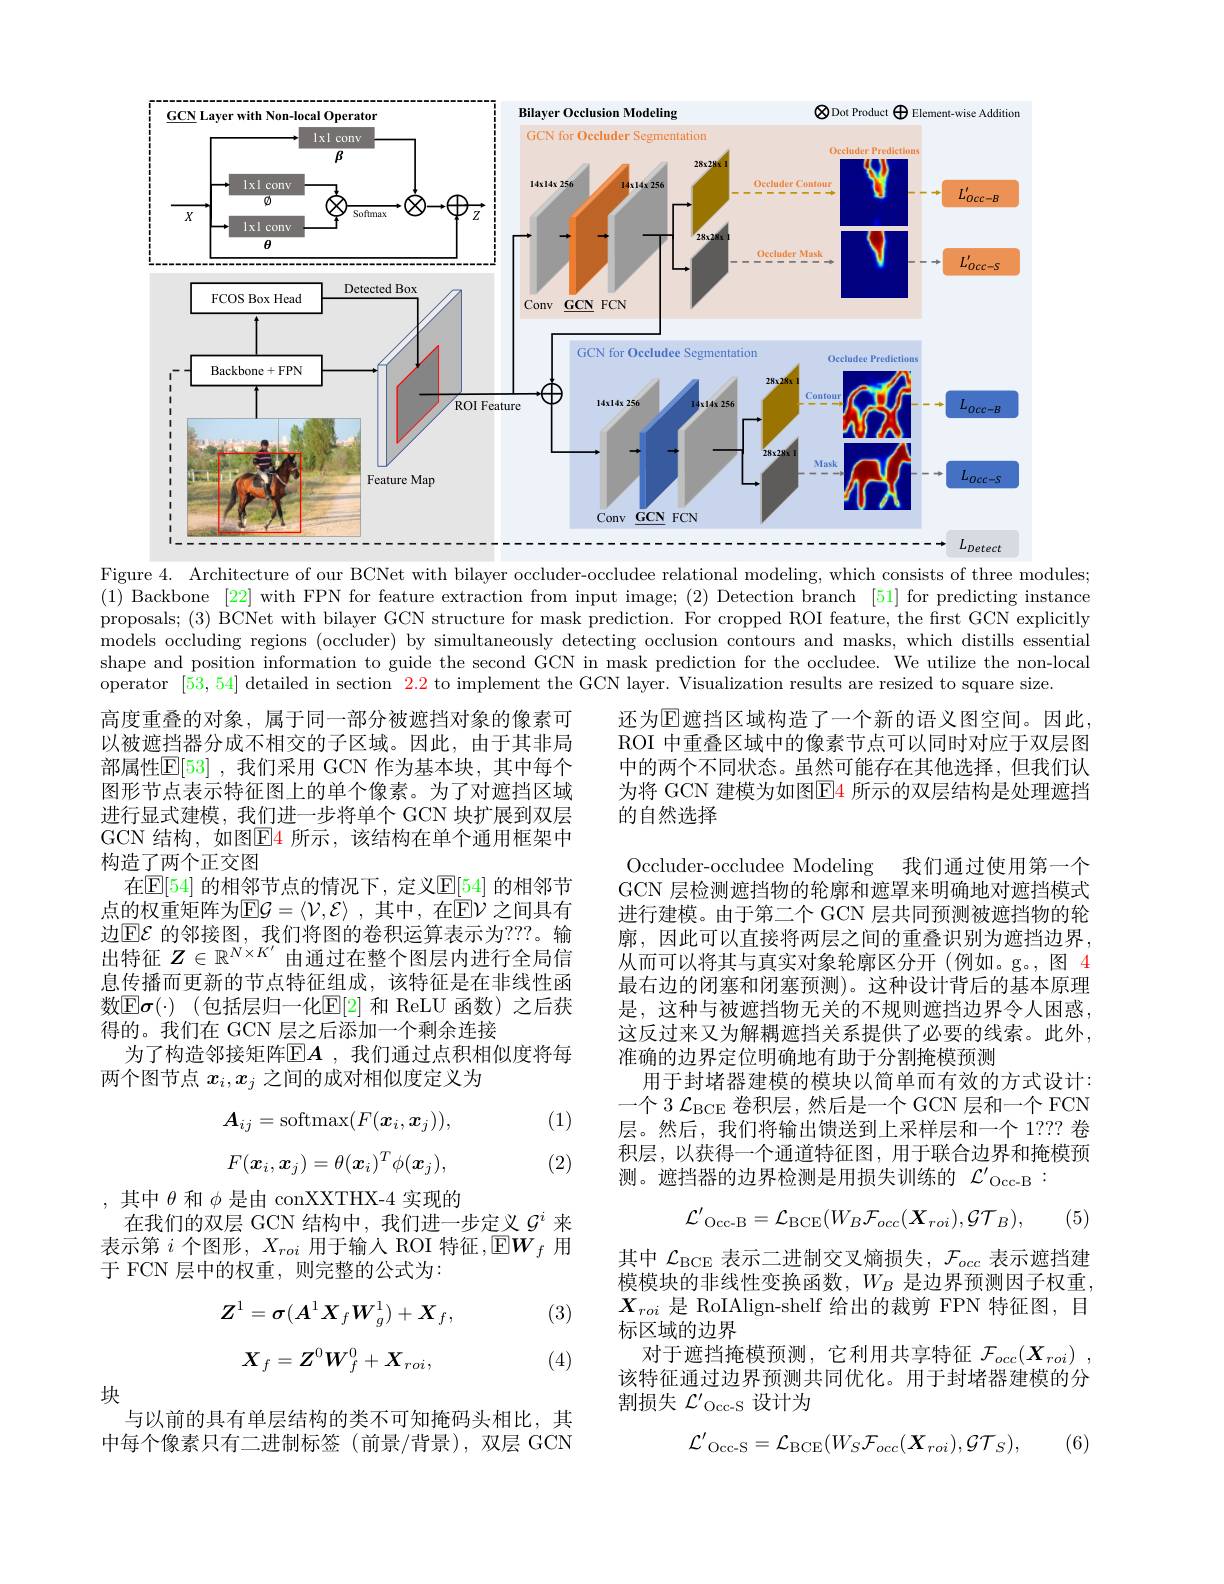
<FigureHere>
Figure 4. Architecture of our BCNet with bilayer occluder-occludee relational modeling, which consists of three modules;

(1) Backbone [22] with FPN for feature extraction from input image; (2) Detection branch [51] for predicting instance proposals; (3) BCNet with bilayer GCN structure for mask prediction. For cropped ROI feature, the first GCN explicitly models occluding regions (occluder) by simultaneously detecting occlusion contours and masks, which distills essential shape and position information to guide the second GCN in mask prediction for the occludee. We utilize the non-local operator [53,54] detailed in section $\color{red}2.2$ to implement the GCN layer. Visualization results are resized to square size.

还为$\mathbb{E}$遮挡区域构造了一个新的语义图空间。因此， ROI 中重叠区域中的像素节点可以同时对应于双层图中的两个不同状态。虽然可能存在其他选择，但我们认为将 GCN 建模为如图$\underline{\mathrm{E}}$4 所示的双层结构是处理遮挡的自然选择

高度重叠的对象，属于同一部分被遮挡对象的像素可以被遮挡器分成不相交的子区域。因此，由于其非局部属性$\mathbb{E}[53]$ ,我们采用 GCN 作为基本块，其中每个图形节点表示特征图上的单个像素。为了对遮挡区域进行显式建模，我们进一步将单个 GCN 块扩展到双层GCN 结构，如图$\boxed{\mathrm{E}}4$ 所示，该结构在单个通用框架中构造了两个正交图
在$\mathbb{E}[54]$ 的相邻节点的情况下，定义$\mathbb{E}[54]$ 的相邻节点的权重矩阵为$\mathbb{E}\mathcal{G}=\langle\mathcal{V},\mathcal{E}\rangle$ ,其中，在$\bar{\mathbb{E}}\mathcal{V}$ 之间具有边$\boxed{\mathrm{E} }\mathcal{E}$ 的邻接图，我们将图的卷积运算表示为？??。输出特征$Z\in\mathbb{R}^{N\times K^{\prime}}$由通过在整个图层内进行全局信息传播而更新的节点特征组成，该特征是在非线性函数$\mathbb{E}\boldsymbol{\sigma}(\cdot)$ (包括层归一化$\mathbb{E}[2]$ 和 ReLU 函数)之后获得的。我们在 GCN 层之后添加一个剩余连接
为了构造邻接矩阵$\mathbb{E}\boldsymbol{A}$ ,我们通过点积相似度将每
两个图节点$x_i,x_j$之间的成对相似度定义为

廓，因此可以直接将两层之间的重叠识别为遮挡边界， 从而可以将其与真实对象轮廓区分开(例如。g。,图 4

Occluder-occludee Modeling 我们通过使用第一个GCN 层检测遮挡物的轮廓和遮罩来明确地对遮挡模式进行建模。由于第二个 GCN 层共同预测被遮挡物的轮最右边的闭塞和闭塞预测)。这种设计背后的基本原理是，这种与被遮挡物无关的不规则遮挡边界令人困惑， 这反过来又为解耦遮挡关系提供了必要的线索。此外， 准确的边界定位明确地有助于分割掩模预测
用于封堵器建模的模块以简单而有效的方式设计： 一个 3 $\mathcal{L}_\mathrm{BCE}$卷积层，然后是一个 GCN 层和一个 FCN 层。然后，我们将输出馈送到上采样层和一个 1??? 卷积层，以获得一个通道特征图，用于联合边界和掩模预测。遮挡器的边界检测是用损失训练的$\mathcal{L}^\prime_\mathrm{Occ-B}:$

(1)
$$A_{ij}=\mathrm{softmax}(F(\boldsymbol{x}_{i},\boldsymbol{x}_{j})),\\F(\boldsymbol{x}_{i},\boldsymbol{x}_{j})=\theta(\boldsymbol{x}_{i})^{T}\phi(\boldsymbol{x}_{j}),$$
(2)
$$\mathcal{L'}_{\mathrm{Occ-B}}=\mathcal{L}_{\mathrm{BCE}}(W_{B}\mathcal{F}_{occ}(\boldsymbol{X}_{roi}),\mathcal{GT}_{B}),$$
(5)

,其中$\theta$ 和$\phi$ 是由 conXXTHX-4 实现的
在我们的双层 GCN 结构中，我们进一步定义$\mathcal{G}^i$来表示第$i$个图形$,X_roi$用于输入 ROI 特征$,\mathbb{E}\boldsymbol W_f$用于 FCN 层中的权重，则完整的公式为2

(3)

其中$\mathcal{L}_\mathrm{BCE}$表示二进制交叉熵损失，$\mathcal{F}_occ$表示遮挡建模模块的非线性变换函数，$W_B$是边界预测因子权重， $X_{roi}$是 RoIAlign-shelf 给出的裁剪 FPN 特征图，目标区域的边界
对于遮挡掩模预测，它利用共享特征$\mathcal{F}_occ(\boldsymbol{X}_{roi})$ 该特征通过边界预测共同优化。用于封堵器建模的分割损失$\mathcal{L} ^\prime$occ- S设计为
$$Z^{1}=\sigma(A^{1}X_{f}W_{g}^{1})+X_{f},\\X_{f}=Z^{0}W_{f}^{0}+X_{roi},$$
(4)

块

与以前的具有单层结构的类不可知掩码头相比，其中每个像素只有二进制标签(前景/背景),双层 GCN
$$\mathcal{L'}_{\mathrm{Occ-S}}=\mathcal{L}_{\mathrm{BCE}}(W_{S}\mathcal{F}_{occ}(X_{roi}),\mathcal{GT}_{S}),$$
(6)